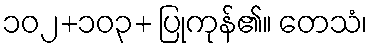
၁၀၂+၁၀၃+ ပြုကုန်၏။ တေသံ၊